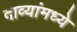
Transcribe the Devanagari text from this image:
दाव्यांमध्ये